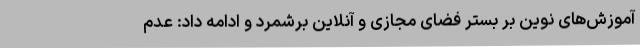
آموزش‌های نوین بر بستر فضای مجازی و آنلاین برشمرد و ادامه داد: عدم